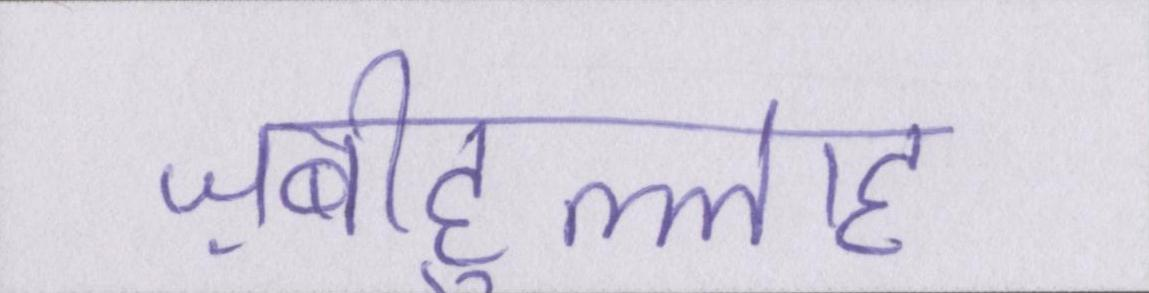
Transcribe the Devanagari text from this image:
ज़बीहुल्लाह